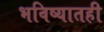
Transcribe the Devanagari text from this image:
भविष्यातही